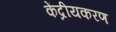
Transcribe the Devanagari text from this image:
केंद्रीयकरण